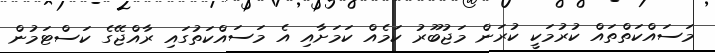
މަސައްކަތްތައް ކުރުމަކީ ކުރަން މަޖުބޫރު ކަމެއް ކަމަށާއި އެ މަސައްކަތުގައި ރާއްޖޭގެ ކަސްޓަމުން